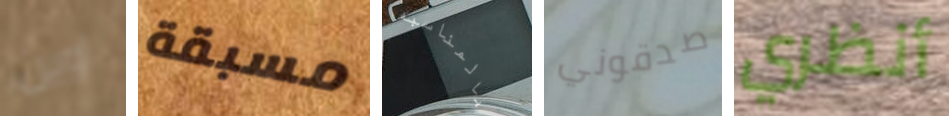
اوين مسبقة بالمناسبه صدقوني أنظري